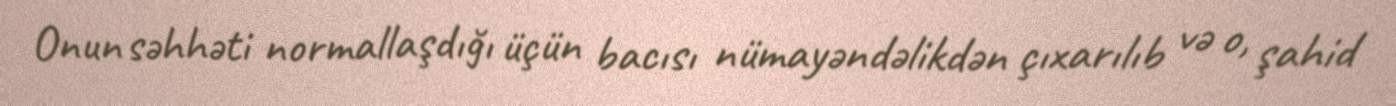
Onun səhhəti normallaşdığı üçün bacısı nümayəndəlikdən çıxarılıb və o, şahid